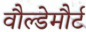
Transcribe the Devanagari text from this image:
वौल्डेमौर्ट